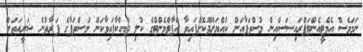
ނަމަވެސް އެމެޓީއެންޓަޕްރައިސަސްއިން މުސްތަފާއަށް ކުއްޔަށްދޫކޮށްފައިވާ އެޕާޓްމެންޓްގެ ކުލި ދައްކާފައިވާކަން މުސްތަފާގެ ފަރާތުން ޝަރީއަތަށް